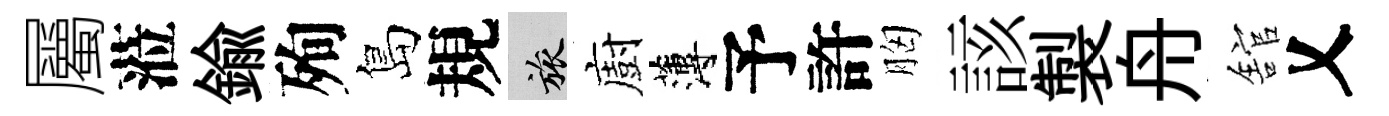
屬蒞鍮殉島規旅廚薄予許胸該製舟舘乂